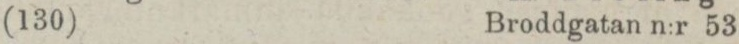
(130)    Broddgatan n:r 53.